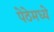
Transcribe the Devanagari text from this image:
पेठेमध्ये